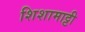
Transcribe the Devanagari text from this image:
शिशामाट्टी